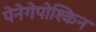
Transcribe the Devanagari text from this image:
पेनेगेपोश्किन